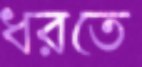
ধরতে